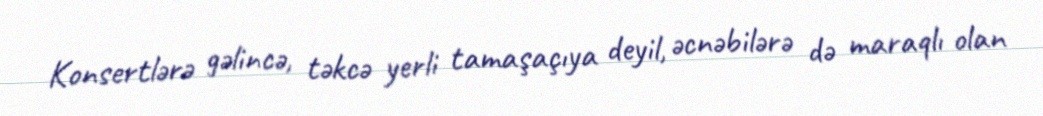
Konsertlərə gəlincə, təkcə yerli tamaşaçıya deyil, əcnəbilərə də maraqlı olan